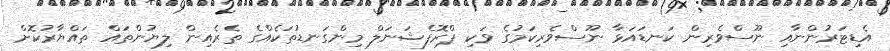
އެޑިޓަރުންނާއި ނޫސްވެރިން ކަނޑައަޅާ ނޫސްވެރިކަމުގެ ވަކި ޕްރޮފެޝަނަލް މިންގަނޑުތަކެއްގެ ތެރެއިން ލިޔުންތައް ތައްޔާރުކޮށް